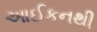
આઈકનથી